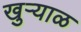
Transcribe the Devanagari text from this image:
खुऱ्याळ